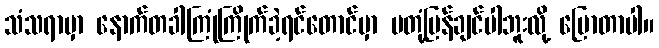
သံသရာမှာ နောက်တခါကြုံကြိုက်ခဲ့ရင်တောင်မှာ မတုံ့ပြန်ချင်ပါဘူးလို့ ပြောတာပါ။